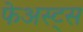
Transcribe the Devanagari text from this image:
फेअस्ट्स